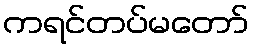
ကရင်တပ်မတော်